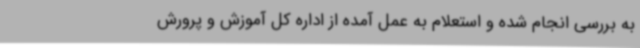
به بررسی انجام شده و استعلام به عمل آمده از اداره کل آموزش و پرورش